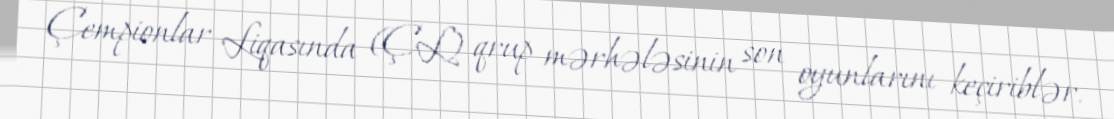
Çempionlar Liqasında (ÇL) qrup mərhələsinin son oyunlarını keçiriblər.